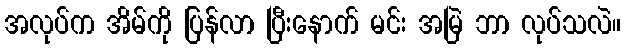
အလုပ်က အိမ်ကို ပြန်လာ ပြီးနောက် မင်း အမြဲ ဘာ လုပ်သလဲ။